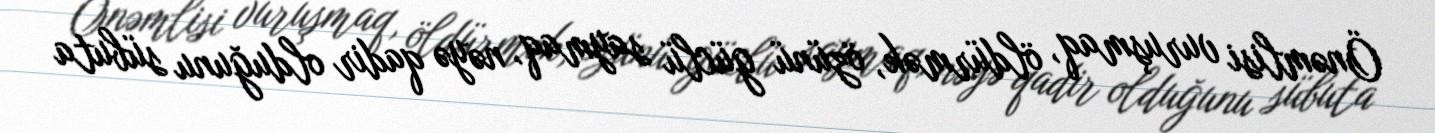
Önəmlisi vuruşmaq, öldürmək, özünü güclü saymaq, nəyə qadir olduğunu sübuta